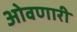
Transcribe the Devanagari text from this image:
ओवणारी